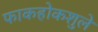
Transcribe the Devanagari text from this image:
फाकहोकशुले